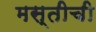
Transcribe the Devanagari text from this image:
मस्तीची